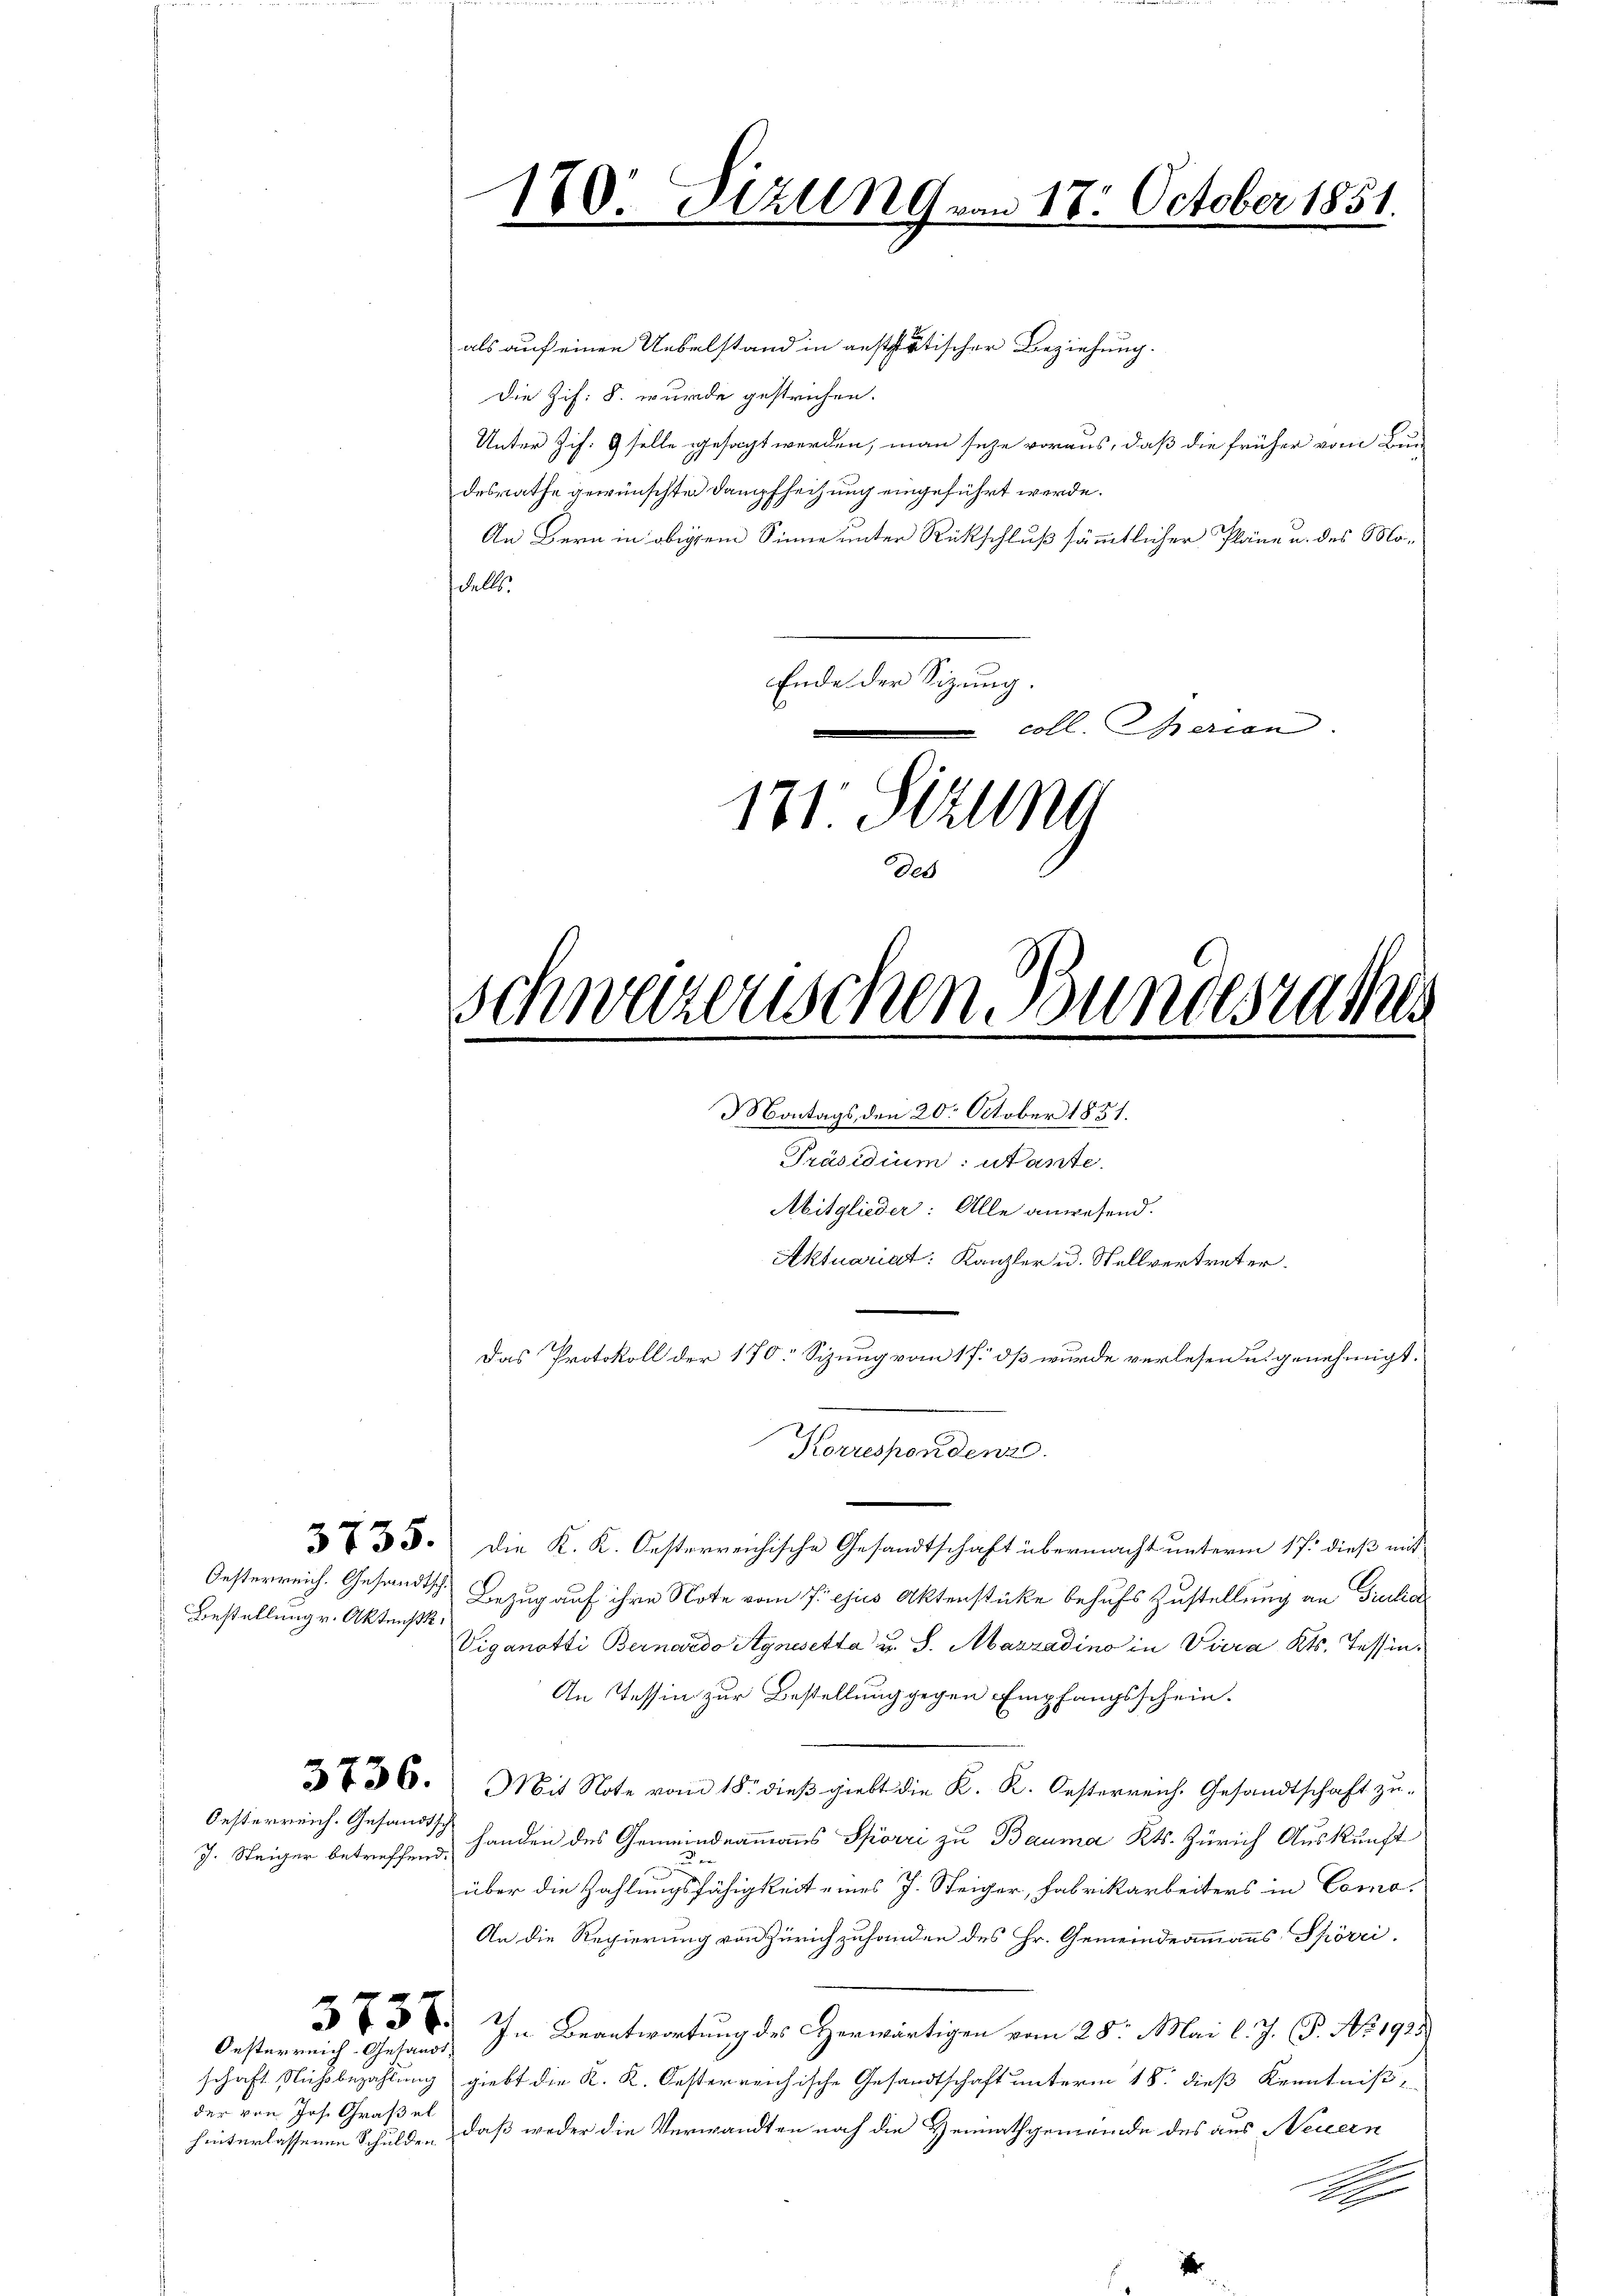
Oesterreich. Gesandtsch.
Bestellung v. Aktensk

Oesterreich. Gesandtsc
J. Steiger betreffend.

3757.
Oesterreich Gesandt.

der von Jos. Großel

als auf einen Uebelstand in anststätischer Beziehung.
Die Zif. §. wurde gestrichen.
Unter Zif. 9 selle gesagt werden, man sehe voraus, daß die früher vom Bun
desrathe gewünschten Dampfheizung eingeführt werde.
An Bern in obigem Sinne unter Rückschluß sämmtlicher Pläne u. des Mo¬
Falls.
Ende der Sizung.
 coll. Spezian
121. Sizung

180. Juli 19 von 17. October 1851.

333. Die K. K. Oesterreichische Gesandtschaft übermacht unterm 17. dieß mit
Bezug auf ihre Note vom 7. ejus Aktenstücke behufs Zustellung an Giulia
Viganotti Bernardo Agnosetta u. S. Mazzadino in Viera Kts. Tessin,
An Tessin zur Bestellung gegen Empfangsschein.
3736. Mit Note vom 18. dieβ giebt die K. K. Oesterreich. Gesandtschaft zŭ-
handen des Gemeindeammanns Spörri zu Bauma Kts. Zürich Auskunft

über die Zahlungsfähigkeit eines J. Steiger, Fabrikarbeiters in Como¬
An die Regierung von Zürich zuhanden des Hr. Gemeindeammanns Spörri,
In Beantwortung des erwärtigen vom 28. Mai l. J. P. Ao. 1935)
schaft Nichtbezahlung giebt die K. K. Oesterreichische Gesandtschaft unterm 18. dieß Kenntniß,
hinterlassenen Schulden, daß weder die Verwandten noch die Heimathgemeinde des aus Neuern
S

Schweizerischen Bundesrathes

Montags den 20. October 1851.
Präsidium: utante.
Abitglieder: Alle anwesend.
Aktuariat: Kanzler u. Stellvertreter.
Das Protokoll der 170. Sizung vom 17. dß wurde verlesen u. genehmigt.

Horespondene